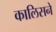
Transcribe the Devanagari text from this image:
कालिसने